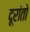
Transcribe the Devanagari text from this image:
दूरांतो